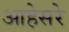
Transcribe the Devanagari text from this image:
आहेसरे